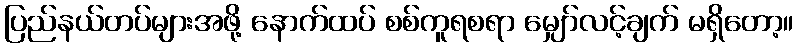
ပြည်နယ်တပ်များအဖို့ နောက်ထပ် စစ်ကူရစရာ မျှော်လင့်ချက် မရှိတော့။